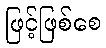
ဖြင့်ဖြစ်စေ